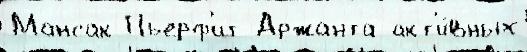
Мансак Пьерф'ит Аржанта акт'и́вных